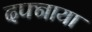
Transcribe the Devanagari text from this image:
दफ्नाया